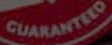
GUARANTEED